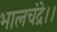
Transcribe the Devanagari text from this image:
भालचंद्रे।।